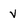
Character: V